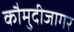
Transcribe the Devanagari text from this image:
कौमुदीजागर